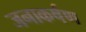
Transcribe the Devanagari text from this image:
जनाकर्षण